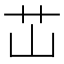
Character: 𬜡